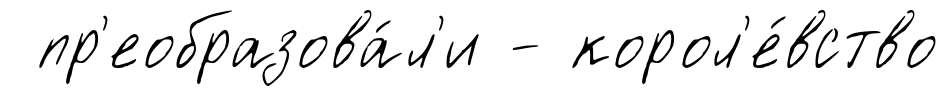
пр'еобразова́л'и - корол'е́вство